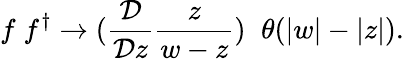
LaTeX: f\; f^{\dagger}\rightarrow(\frac{{\cal D}}{{\cal D}z}\frac z{w-z})\; \; \theta(|w|-|z|).